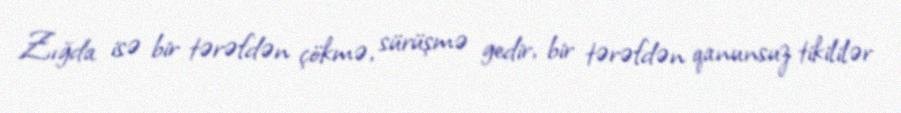
Zığda isə bir tərəfdən çökmə, sürüşmə gedir, bir tərəfdən qanunsuz tikililər